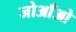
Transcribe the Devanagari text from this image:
जोआँओ